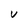
Character: V